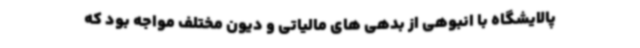
پالایشگاه با انبوهی از بدهی های مالیاتی و دیون مختلف مواجه بود که